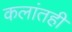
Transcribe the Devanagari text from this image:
कलांतही